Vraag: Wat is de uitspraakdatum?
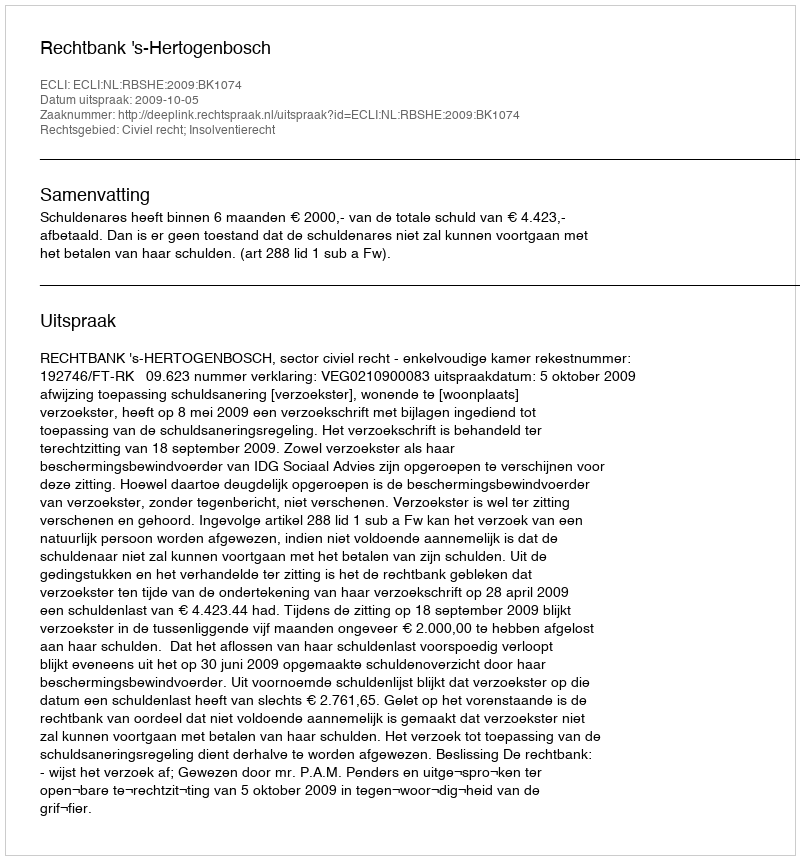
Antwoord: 2009-10-05